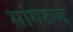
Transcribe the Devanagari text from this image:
सांगरुण